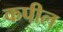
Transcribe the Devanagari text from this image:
कपील